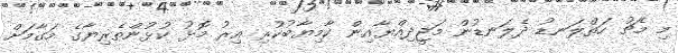
މި މެޗު ހަތްލަނޑު ދެލަނޑުން މަޖީދިއްޔާއިން ކާމިޔާބުކުރި އިރު މޮޅު ކުޅުންތެރިޔާގެ މަގާމަށް